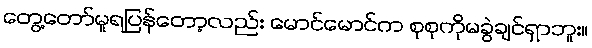
တွေ့တော်မူရပြန်တော့လည်း မောင်မောင်က စုစုကိုမခွဲချင်ရှာဘူး။